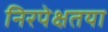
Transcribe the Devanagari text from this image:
निरपेक्षतया